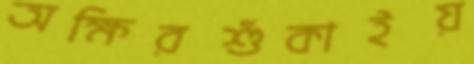
অক্ষিরশুঁকাইয়